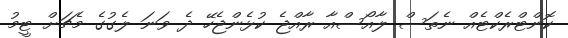
ކޮންޓްރެކްޓެއް ނެތަސް ލާއޯސްއާ ރާއްޖެ ކުޅެންޖެހޭ ދެ ވަނަ ލެގުގެ މެޗަށް ޓީމު